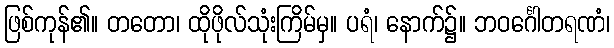
ဖြစ်ကုန်၏။ တတော၊ ထိုဖိုလ်သုံးကြိမ်မှ။ ပရံ၊ နောက်၌။ ဘဝင်္ဂေါတရဏံ၊